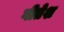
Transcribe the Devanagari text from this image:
गीतेश